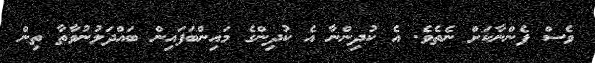
ވެސް ފެންނާކަށް ނެތެވެ. އެ ކުދިންނާ އެ ކުދިންގެ މައިންބަފައިން ބައްދަލުނުވާތާ ތިން